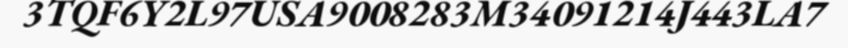
3TQF6Y2L97USA9008283M34091214J443LA7